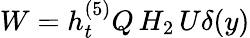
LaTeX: W=h_{t}^{(5)}Q\, H_{2}\, U\delta(y)